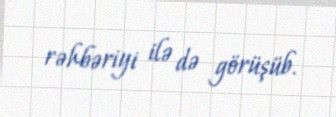
rəhbəriyi ilə də görüşüb.